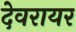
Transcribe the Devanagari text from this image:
देवरायर